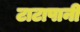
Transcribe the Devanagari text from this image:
टाटापानी